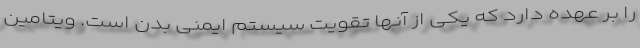
را بر عهده دارد که یکی از آنها تقویت سیستم ایمنی بدن است. ویتامین